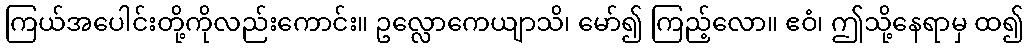
ကြယ်အပေါင်းတို့ကိုလည်းကောင်း။ ဥလ္လောကေယျာသိ၊ မော်၍ ကြည့်လော။ ဧဝံ၊ ဤသို့နေရာမှ ထ၍